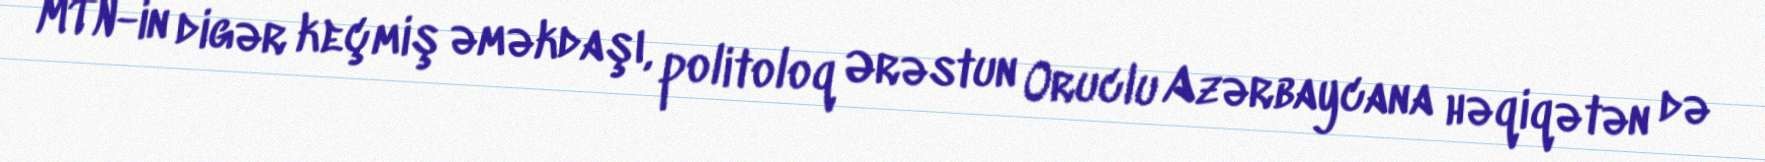
MTN-in digər keçmiş əməkdaşı, politoloq Ərəstun Oruclu Azərbaycana həqiqətən də